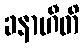
ခနာဟီတိ